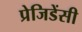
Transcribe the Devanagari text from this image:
प्रेजिडेंसी